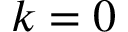
k = 0